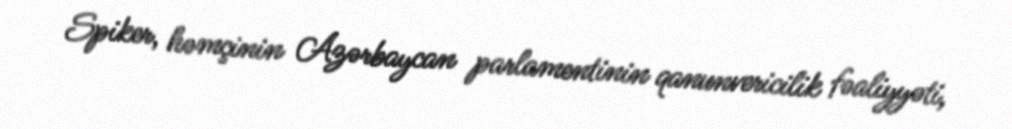
Spiker, həmçinin Azərbaycan parlamentinin qanunvericilik fəaliyyəti,